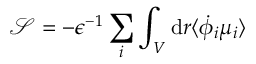
\mathcal { S } = - \epsilon ^ { - 1 } \sum _ { i } \int _ { V } \mathrm { d } \boldsymbol { r } \langle \dot { \phi } _ { i } \mu _ { i } \rangle